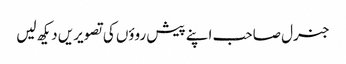
جنرل صاحب اپنے پیش روؤں کی تصویریں دیکھ لیں